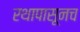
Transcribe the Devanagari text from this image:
रथापासूनच